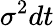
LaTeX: \sigma^{2}dt